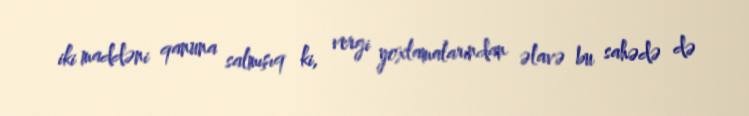
iki maddəni qanuna salmışıq ki, vergi yoxlamalarından əlavə bu sahədə də